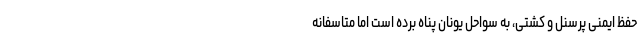
حفظ ایمنی پرسنل و کشتی، به سواحل یونان پناه برده است اما متاسفانه